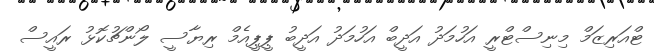
ޓްއަރިޒަމް މިނިސްޓްރީ އަހުމަދު އަދީބް އަހުމަދު އަދީބު ޕީޕީއެމް ރިޔާސީ ލޯންޗުކޮޅު ރައީސް